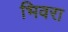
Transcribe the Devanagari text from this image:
भिवरा